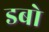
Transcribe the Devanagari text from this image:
डबो